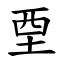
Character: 垔